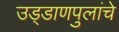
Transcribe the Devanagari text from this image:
उड्डाणपुलांचे